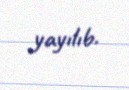
yayılıb.